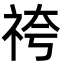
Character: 𮁯